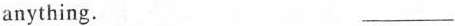
anything. ___